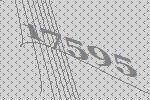
17595